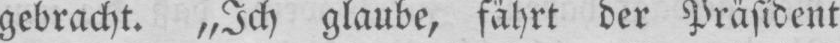
gebracht. „Ich glaube, fährt der Präsident